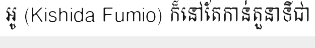
អូ (Kishida Fumio) ក៏នៅតែកាន់តួនាទីជា